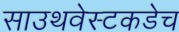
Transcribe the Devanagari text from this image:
साउथवेस्टकडेच